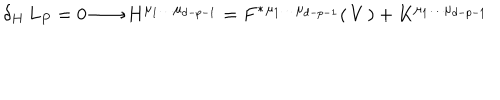
LaTeX: \delta _ { H } \, L _ { P } = 0 \longrightarrow H ^ { \mu _ { 1 } \dots \mu _ { d - p - 1 } } = F ^ { * } { } ^ { \mu _ { 1 } \dots \mu _ { d - p - 1 } } ( \, V \, ) + K ^ { \mu _ { 1 } \dots \mu _ { d - p - 1 } }